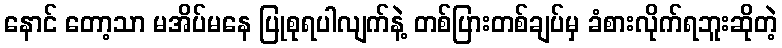
နောင် တော့သာ မအိပ်မနေ ပြုစုရပါလျက်နဲ့ တစ်ပြားတစ်ချပ်မှ ခံစားလိုက်ရဘူးဆိုတဲ့